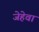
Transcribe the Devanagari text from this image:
जेहेवा